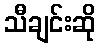
သီချင်းဆို